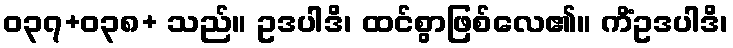
ဝ၃၇+ဝ၃၈+ သည်။ ဥဒပါဒိ၊ ထင်စွာဖြစ်လေ၏။ ကိံဥဒပါဒိ၊